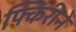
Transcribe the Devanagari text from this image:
फ्किरीने